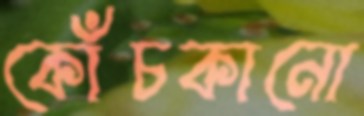
কোঁচকানো